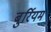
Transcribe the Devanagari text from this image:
बुर्रियम